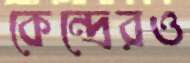
কেন্দ্রেরও